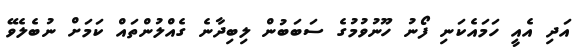
އަދި އެއީ ހަމައެކަނި ފޯނު ހޫނުވުމުގެ ސަބަބުން ލިބިދާނެ ގެއްލުންތައް ކަމަށް ނުބެލެވޭ